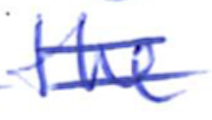
Text: the
Cross-out: double-line
Writing tool: ballpoint